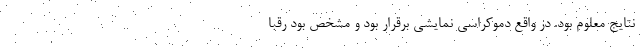
نتایج معلوم بود. در واقع دموکراسی نمایشی برقرار بود و مشخص بود رقبا